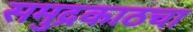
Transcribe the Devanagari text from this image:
समुद्रकाठचा